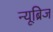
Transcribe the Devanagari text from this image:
न्यूब्रिज